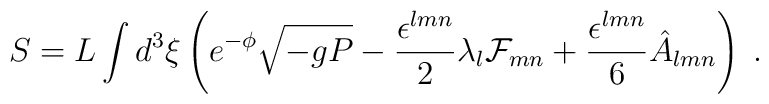
S = L \int d^3 \xi \left( e^{- \phi} \sqrt{- g P} - \frac{\epsilon^{l m n}}{2} \lambda_l {\cal F}_{m n} + \frac{\epsilon^{l m n}}{6} \hat A_{l m n} \right) \; .